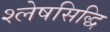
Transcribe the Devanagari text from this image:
श्लेषसिद्धि